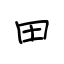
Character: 田